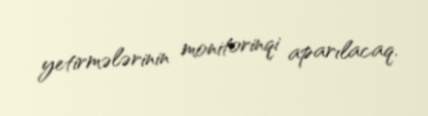
yetirmələrinin monitorinqi aparılacaq.